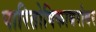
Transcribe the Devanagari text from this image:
पारितोषिकाबरोबर